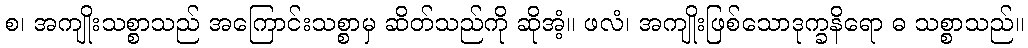
စ၊ အကျိုးသစ္စာသည် အကြောင်းသစ္စာမှ ဆိတ်သည်ကို ဆိုအံ့။ ဖလံ၊ အကျိုးဖြစ်သောဒုက္ခနိရော ဓ သစ္စာသည်။